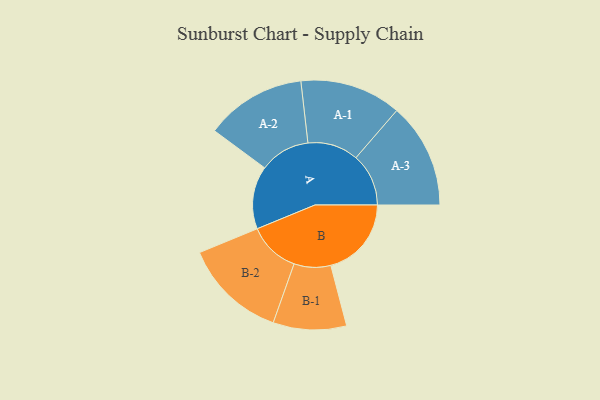
{"axis": {"x": "Segment", "y": "Value"}, "legend": ["", "A", "B"], "data": [{"x": "A", "y": 335, "type": ""}, {"x": "B", "y": 429, "type": ""}, {"x": "A-1", "y": 270, "type": "A"}, {"x": "A-2", "y": 268, "type": "A"}, {"x": "A-3", "y": 280, "type": "A"}, {"x": "B-1", "y": 195, "type": "B"}, {"x": "B-2", "y": 274, "type": "B"}]}